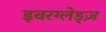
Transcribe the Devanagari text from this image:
इवरग्लेड्ज़